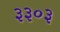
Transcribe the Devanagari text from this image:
३३०३